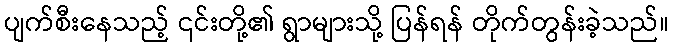
ပျက်စီးနေသည့် ၎င်းတို့၏ ရွာများသို့ ပြန်ရန် တိုက်တွန်းခဲ့သည်။